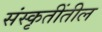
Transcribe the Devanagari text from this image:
संस्कृतींतील